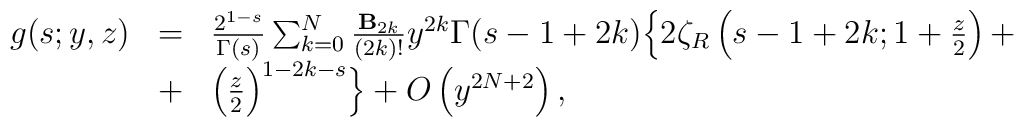
\begin{array}{rcl}g(s;y,z) &=& \frac{2^{1-s}}{\Gamma (s)}\sum_{k=0}^N \frac{{\bf B}_{2k}}{(2k)!}y^{2k} \Gamma (s-1+2k)\Bigl \{2\zeta_R \left(s-1+2k;1+\frac{z}{2}\right)+\\&+&\left(\frac{z}{2}\right)^{1-2k-s}\Bigr \}+O\left(y^{2N+2}\right),\end{array}